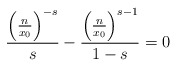
\begin{align*}\frac{\left(\frac{n}{x_0}\right)^{-s}}{s}-\frac{\left(\frac{n}{x_0}\right)^{s-1}}{1-s}=0 \end{align*}